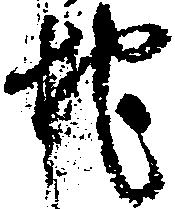
地